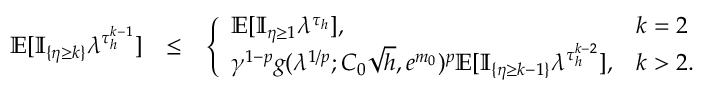
\begin{array} { r l r } { \mathbb { E } [ \mathbb { I } _ { \{ \eta \ge k \} } \lambda ^ { \tau _ { h } ^ { k - 1 } } ] } & { \le } & { \left\{ \begin{array} { l l } { \mathbb { E } [ \mathbb { I } _ { \eta \ge 1 } \lambda ^ { \tau _ { h } } ] , } & { k = 2 } \\ { \gamma ^ { 1 - p } g ( \lambda ^ { 1 / p } ; C _ { 0 } \sqrt { h } , e ^ { m _ { 0 } } ) ^ { p } \mathbb { E } [ \mathbb { I } _ { \{ \eta \ge k - 1 \} } \lambda ^ { \tau _ { h } ^ { k - 2 } } ] , } & { k > 2 . } \end{array} \right. } \end{array}